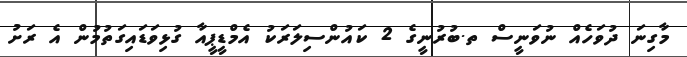
މާގިނަ ދުވަހެއް ނުވަނީސް ތ.ބުރުނީގެ 2 ކައުންސިލަރަކު އެމްޑީޕީއާ ގުޅިވަޑައިގަތުމުން އެ ރަށު